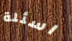
اسئلة